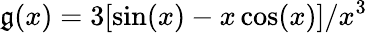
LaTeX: \mathfrak{g}(x)=3[\sin(x)-x\cos(x)]/x^{3}